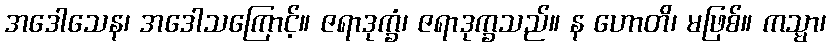
အဒေါသေန၊ အဒေါသကြောင့်။ ဇရာဒုက္ခံ၊ ဇရာဒုက္ခသည်။ န ဟောတိ၊ မဖြစ်။ ကသ္မာ၊